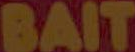
BAIT